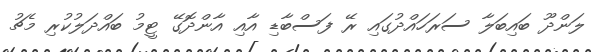
ލަންދޫ ބައިބަލާ ސަރަހައްދުގައި ރޭ ފަސްބާޑި އާއި އާންދޮގޭ ޓީމު ބައްދަލުކުރި މެޗު